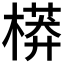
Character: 𣙷